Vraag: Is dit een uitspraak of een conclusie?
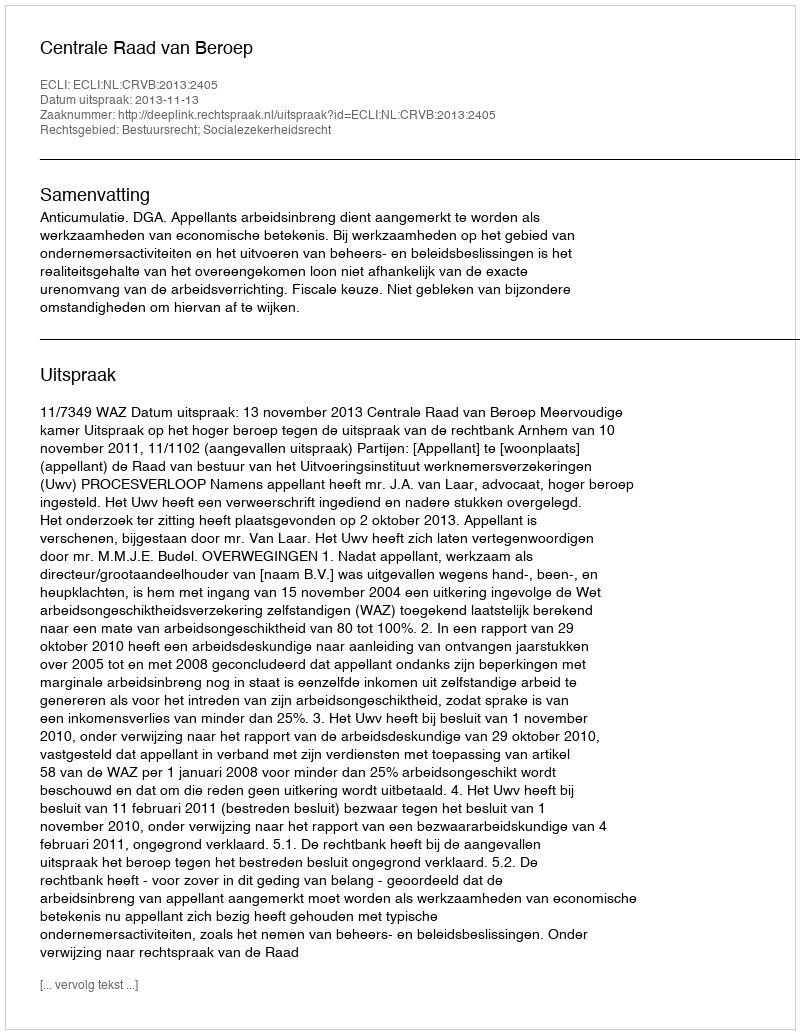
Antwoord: Uitspraak